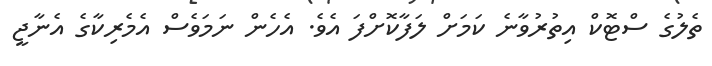
ތެލުގެ ސްޓޮކް އިތުރުވާނެ ކަމަށް ލަފާކޮށްފަ އެވެ. އެހެން ނަމަވެސް އެމެރިކާގެ އެނާޖީ